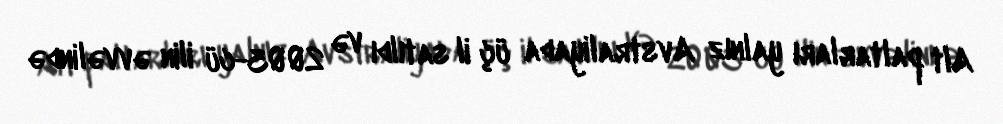
Alt paltarları yalnız Avstraliyada üç il satıldı və 2003-cü ilin əvvəlində